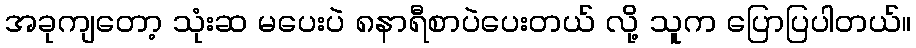
အခုကျတော့ သုံးဆ မပေးပဲ ၈နာရီစာပဲပေးတယ် လို့ သူက ပြောပြပါတယ်။